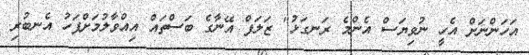
އަހަންނަށް އެހީ ނުވިޔަސް އެންމެ ރަނގަޅު" ޒަލަފް އޭނާގެ ބަސްތައް އިއްވާލުމަށްފަހު އެނބުރި